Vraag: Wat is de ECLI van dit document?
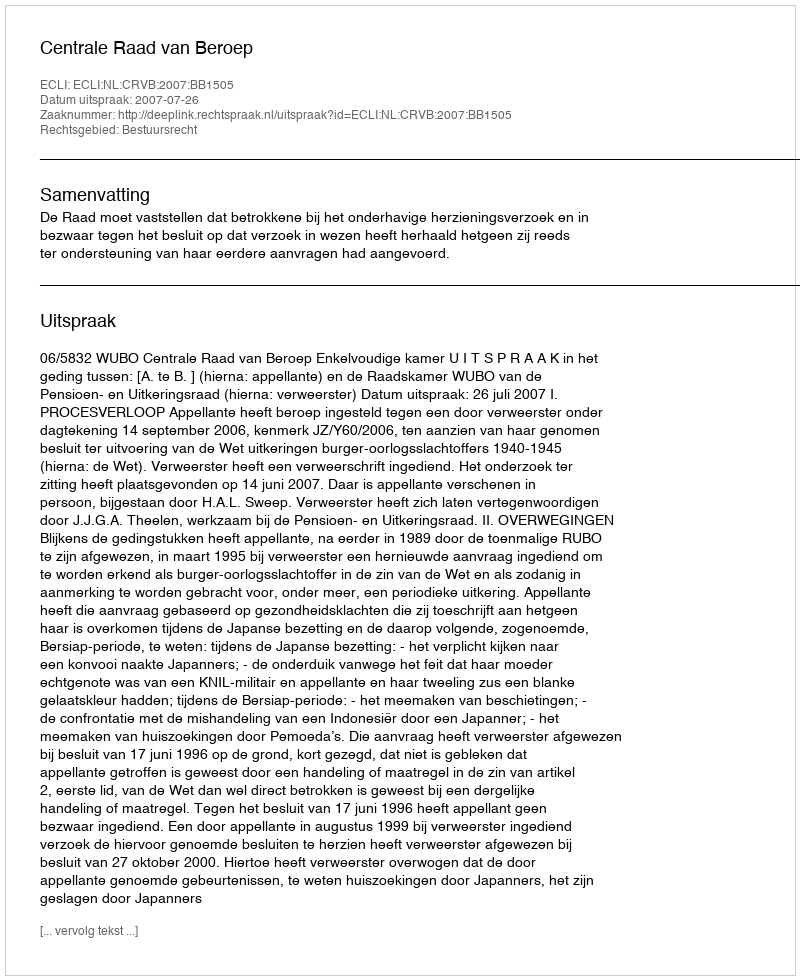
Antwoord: ECLI:NL:CRVB:2007:BB1505